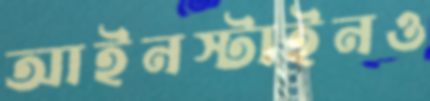
আইনস্টাইনও